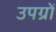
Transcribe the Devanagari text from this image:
उपग्रों